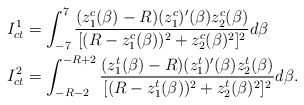
\begin{align*} I_{ct}^{1} & = \int_{-7}^{7} \frac{(z^c_1(\beta)-R) (z^c_1)'(\beta)z^c_2(\beta)}{[ (R-z^c_1(\beta))^2+z^c_2(\beta)^2]^2}d\beta \\ I_{ct}^{2} & = \int_{-R-2}^{-R+2} \frac{(z^t_1(\beta)-R) (z^t_1)'(\beta)z^t_2(\beta)}{[ (R-z^t_1(\beta))^2+z^t_2(\beta)^2]^2}d\beta.\end{align*}